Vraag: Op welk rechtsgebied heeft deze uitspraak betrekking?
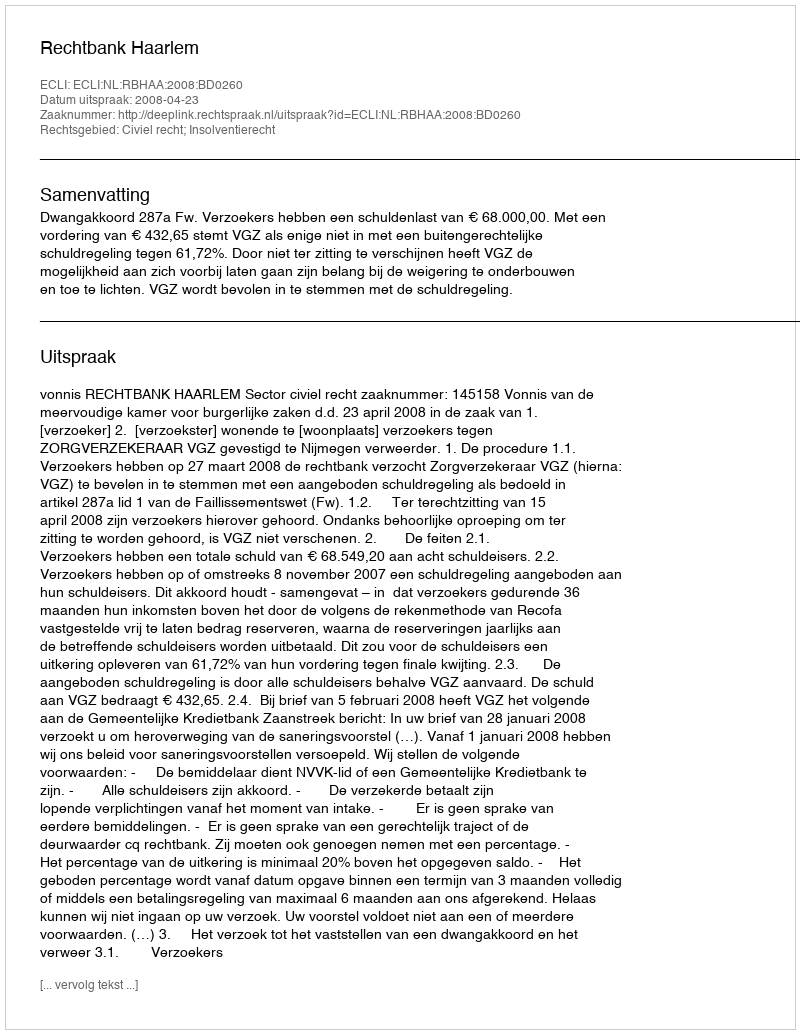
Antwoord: Civiel recht; Insolventierecht